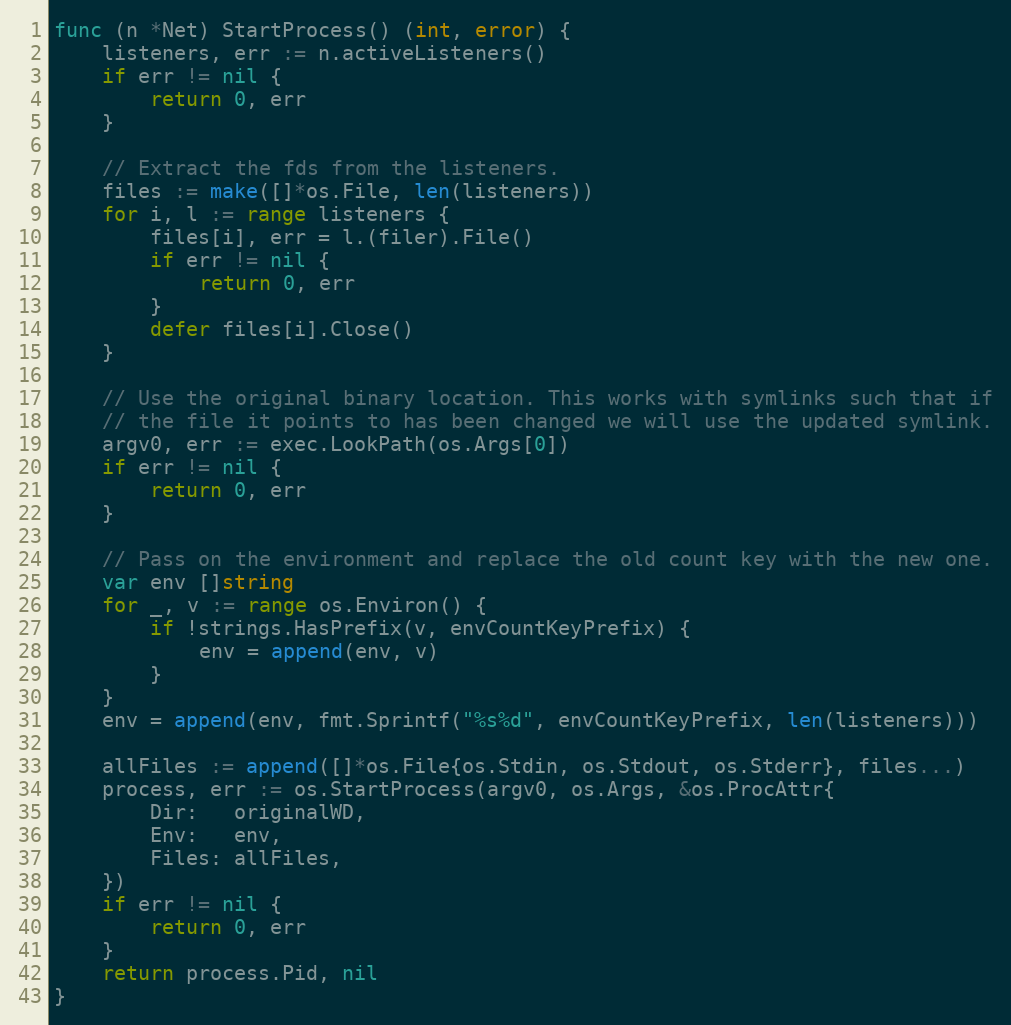
Language: Go
func (n *Net) StartProcess() (int, error) {
	listeners, err := n.activeListeners()
	if err != nil {
		return 0, err
	}

	// Extract the fds from the listeners.
	files := make([]*os.File, len(listeners))
	for i, l := range listeners {
		files[i], err = l.(filer).File()
		if err != nil {
			return 0, err
		}
		defer files[i].Close()
	}

	// Use the original binary location. This works with symlinks such that if
	// the file it points to has been changed we will use the updated symlink.
	argv0, err := exec.LookPath(os.Args[0])
	if err != nil {
		return 0, err
	}

	// Pass on the environment and replace the old count key with the new one.
	var env []string
	for _, v := range os.Environ() {
		if !strings.HasPrefix(v, envCountKeyPrefix) {
			env = append(env, v)
		}
	}
	env = append(env, fmt.Sprintf("%s%d", envCountKeyPrefix, len(listeners)))

	allFiles := append([]*os.File{os.Stdin, os.Stdout, os.Stderr}, files...)
	process, err := os.StartProcess(argv0, os.Args, &os.ProcAttr{
		Dir:   originalWD,
		Env:   env,
		Files: allFiles,
	})
	if err != nil {
		return 0, err
	}
	return process.Pid, nil
}